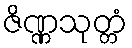
ဇိဏ္ဏသုတ္တံ